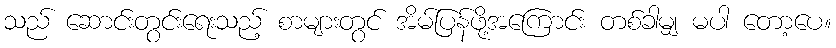
သည် ဆောင်းတွင်းရေးသည့် စာများတွင် အိမ်ပြန်ဖို့အကြောင်း တစ်ခါမျှ မပါ တော့ပေ။